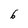
Character: 6